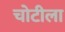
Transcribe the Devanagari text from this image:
चोटीला